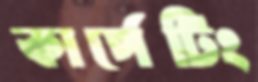
কার্পেটিং